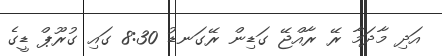
އަދި މާދަމާ ރޭ ރާއްޖޭ ގަޑިން ރޭގަނޑު 8:30 ގައި ގުރޫޕް ޑީގެ